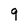
Character: 9